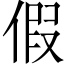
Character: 假